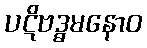
ပဋိဗဒ္ဓမနောဝ